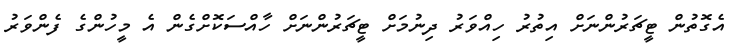
އެގޮތުން ޓީޗަރުންނަށް އިތުރު ހިއްވަރު ދިނުމަށް ޓީޗަރުންނަށް ހާއްސަކޮށްގެން އެ މީހުންގެ ފެންވަރު